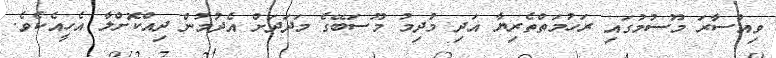
ވިއްސާރަ މޫސުމުގައި ރަހުމަތްތެރިޔާ އަދި މުދިމު މޫސަބޭގެ މަދަދަށް އެދުމުން ދިއްކޮށްލާ އެހީއެކެވެ.